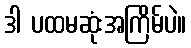
ဒါ ပထမဆုံးအကြိမ်ပဲ။